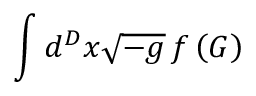
\int d ^ { D } x { \sqrt { - g } } \, f \left( G \right)